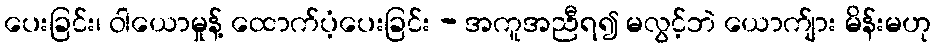
ပေးခြင်း၊ ဝါယောမှုန့် ထောက်ပံ့ပေးခြင်း - အကူအညီရ၍ မလွင့်ဘဲ ယောက်ျား မိန်းမဟု